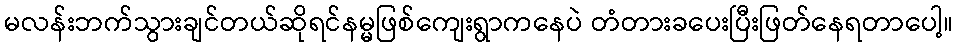
မလန်းဘက်သွားချင်တယ်ဆိုရင်နမ္မဖြစ်ကျေးရွာကနေပဲ တံတားခပေးပြီးဖြတ်နေရတာပေါ့။